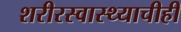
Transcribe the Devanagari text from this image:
शरीरस्वास्थ्याचीही